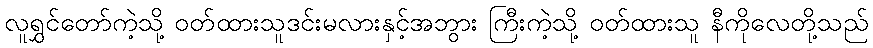
လူရွှင်တော်ကဲ့သို့ ဝတ်ထားသူဒင်းမလားနှင့်အဘွား ကြီးကဲ့သို့ ဝတ်ထားသူ နီကိုလေတို့သည်